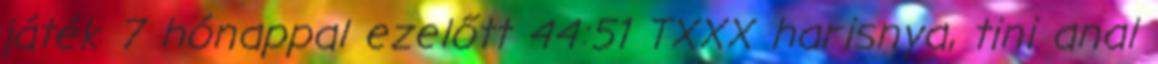
játék 7 hónappal ezelőtt 44:51 TXXX harisnya, tini anal